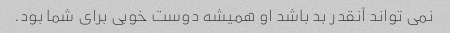
نمی تواند آنقدر بد باشد او همیشه دوست خوبی برای شما بود.